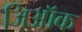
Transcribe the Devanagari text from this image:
जिऑक